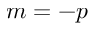
m = - p